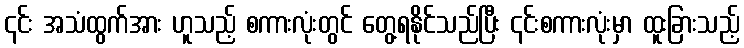
၎င်း အသံထွက်အား ဟူသည့် စကားလုံးတွင် တွေ့ရနိုင်သည်ပြီး ၎င်းစကားလုံးမှာ ထူးခြားသည့်